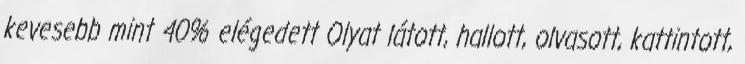
kevesebb mint 40% elégedett Olyat látott, hallott, olvasott, kattintott,